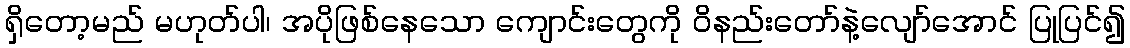
ရှိတော့မည် မဟုတ်ပါ၊ အပိုဖြစ်နေသော ကျောင်းတွေကို ဝိနည်းတော်နဲ့လျော်အောင် ပြုပြင်၍